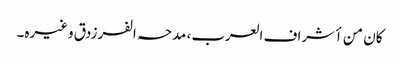
کان من أشراف العرب، مدحہ الفرزدق وغیرہ۔